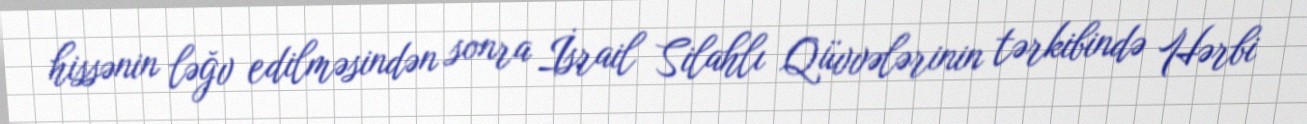
hissənin ləğv edilməsindən sonra İsrail Silahlı Qüvvələrinin tərkibində Hərbi